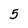
Character: 5